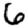
Digit: 6